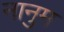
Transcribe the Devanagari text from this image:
नानुम